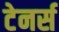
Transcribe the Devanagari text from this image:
टेनर्स